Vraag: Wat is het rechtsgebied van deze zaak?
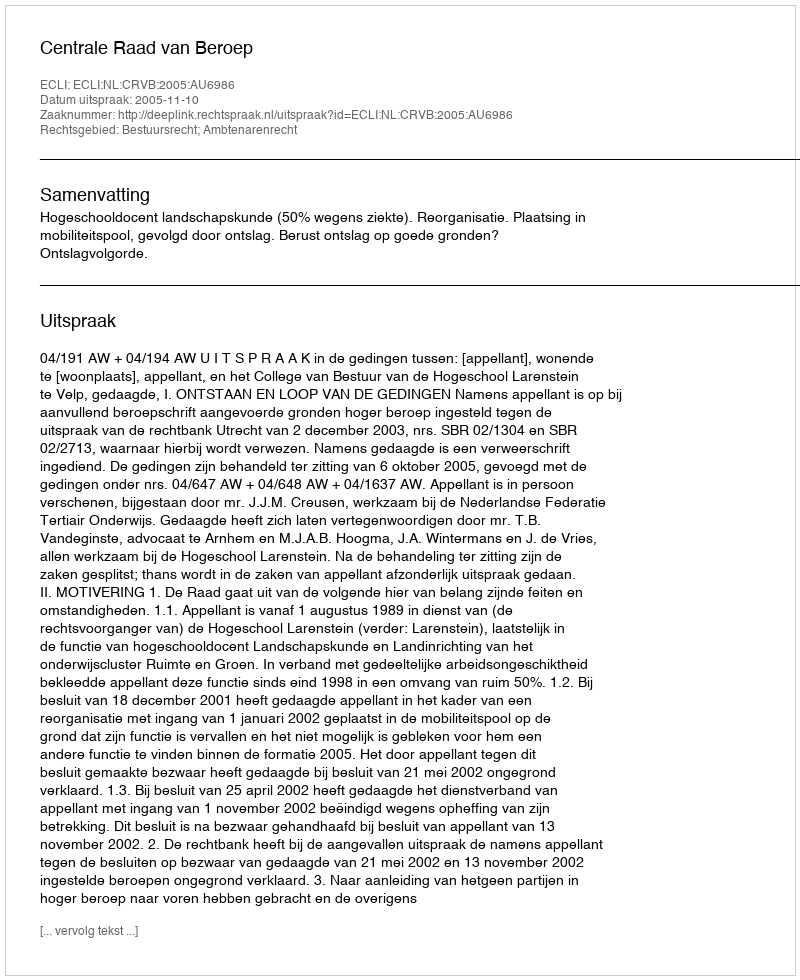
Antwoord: Bestuursrecht; Ambtenarenrecht